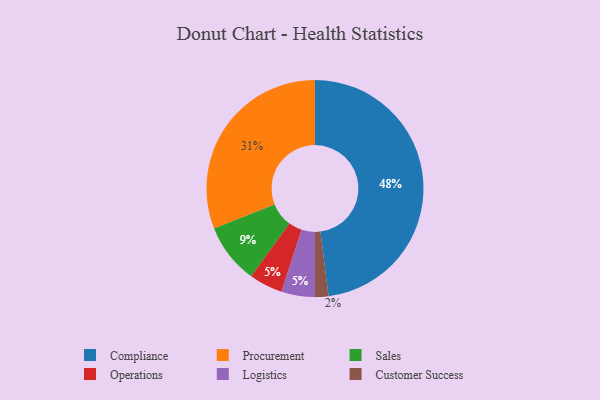
{"axis": {"x": "Category", "y": "Percentage"}, "legend": ["Compliance", "Customer Success", "Logistics", "Operations", "Procurement", "Sales"], "data": [{"x": "Customer Success", "y": 2, "type": "Customer Success"}, {"x": "Operations", "y": 5, "type": "Operations"}, {"x": "Compliance", "y": 48, "type": "Compliance"}, {"x": "Procurement", "y": 31, "type": "Procurement"}, {"x": "Logistics", "y": 5, "type": "Logistics"}, {"x": "Sales", "y": 9, "type": "Sales"}]}